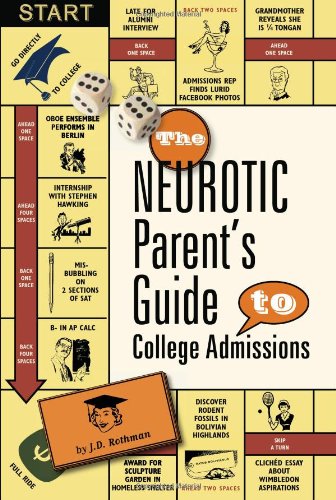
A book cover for The Neurotic Parent's Guide to College Admissions: Strategies for Helicoptering, Hot-housing & Micromanaging; J.D. Rothman; Education & Teaching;